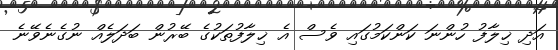
އަދި ޚިލާފު ހުންނަ ކަންކަމުގައި ވެސް އެ ޚިލާފުތަކުގެ ބޭރުން ބަދަލެއް ނުގެނެވޭނެ